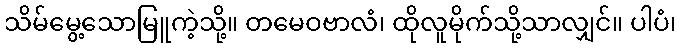
သိမ်မွေ့သောမြူကဲ့သို့။ တမေဝဗာလံ၊ ထိုလူမိုက်သို့သာလျှင်။ ပါပံ၊